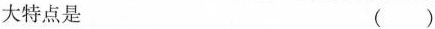
大特点是 ()